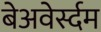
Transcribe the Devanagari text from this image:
बेअवेर्स्दम